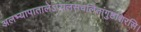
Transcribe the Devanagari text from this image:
अलभ्यापातालेऽप्यलसचलितांगुष्ठशिरसि।